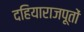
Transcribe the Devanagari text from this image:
दहियाराजपूतों